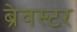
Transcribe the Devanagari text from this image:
ब्रेवस्टर